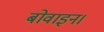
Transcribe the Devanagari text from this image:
बोवाइन।